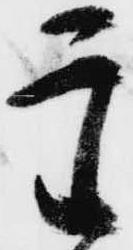
主